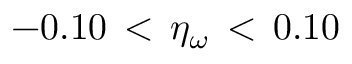
- 0 . 1 0 \, < \, \eta _ { \omega } \, < \, 0 . 1 0